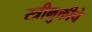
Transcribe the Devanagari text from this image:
स्त्रीमुक्तीचे